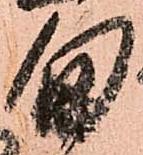
旬